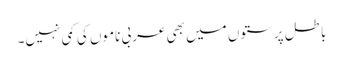
باطل پرستوں میں بھی عربی ناموں کی کمی نہیں۔